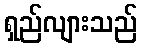
ရှည်လျားသည်